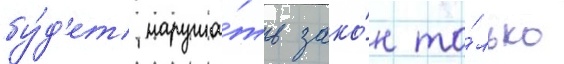
бу́д'ет наруша́ть зако́н то́лько